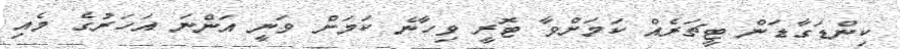
ކިންޑަގާޑަން ޓީޗަރެއް ކަމަށްވާ ޓޮރީ ވިހާނެ ކަމަށް ވަނީ އަންނަ އަހަރުގެ މެއި